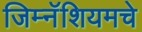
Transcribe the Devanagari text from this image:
जिम्नॅशियमचे